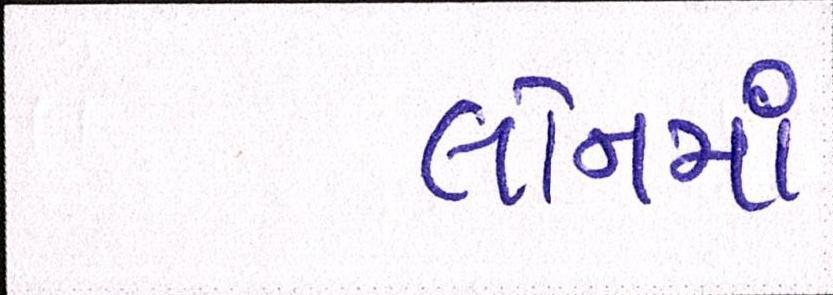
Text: લોનમાં